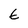
Character: E